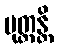
ပုတ္တန္တိ